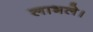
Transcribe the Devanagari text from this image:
लाभले।